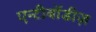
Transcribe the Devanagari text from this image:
एन्टीबॉडीज़